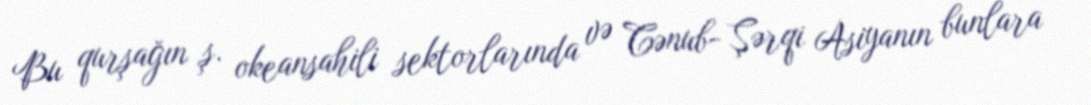
Bu qurşağın ş. okeansahili sektorlarında və Cənub- Şərqi Asiyanın bunlara